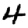
Digit: 4